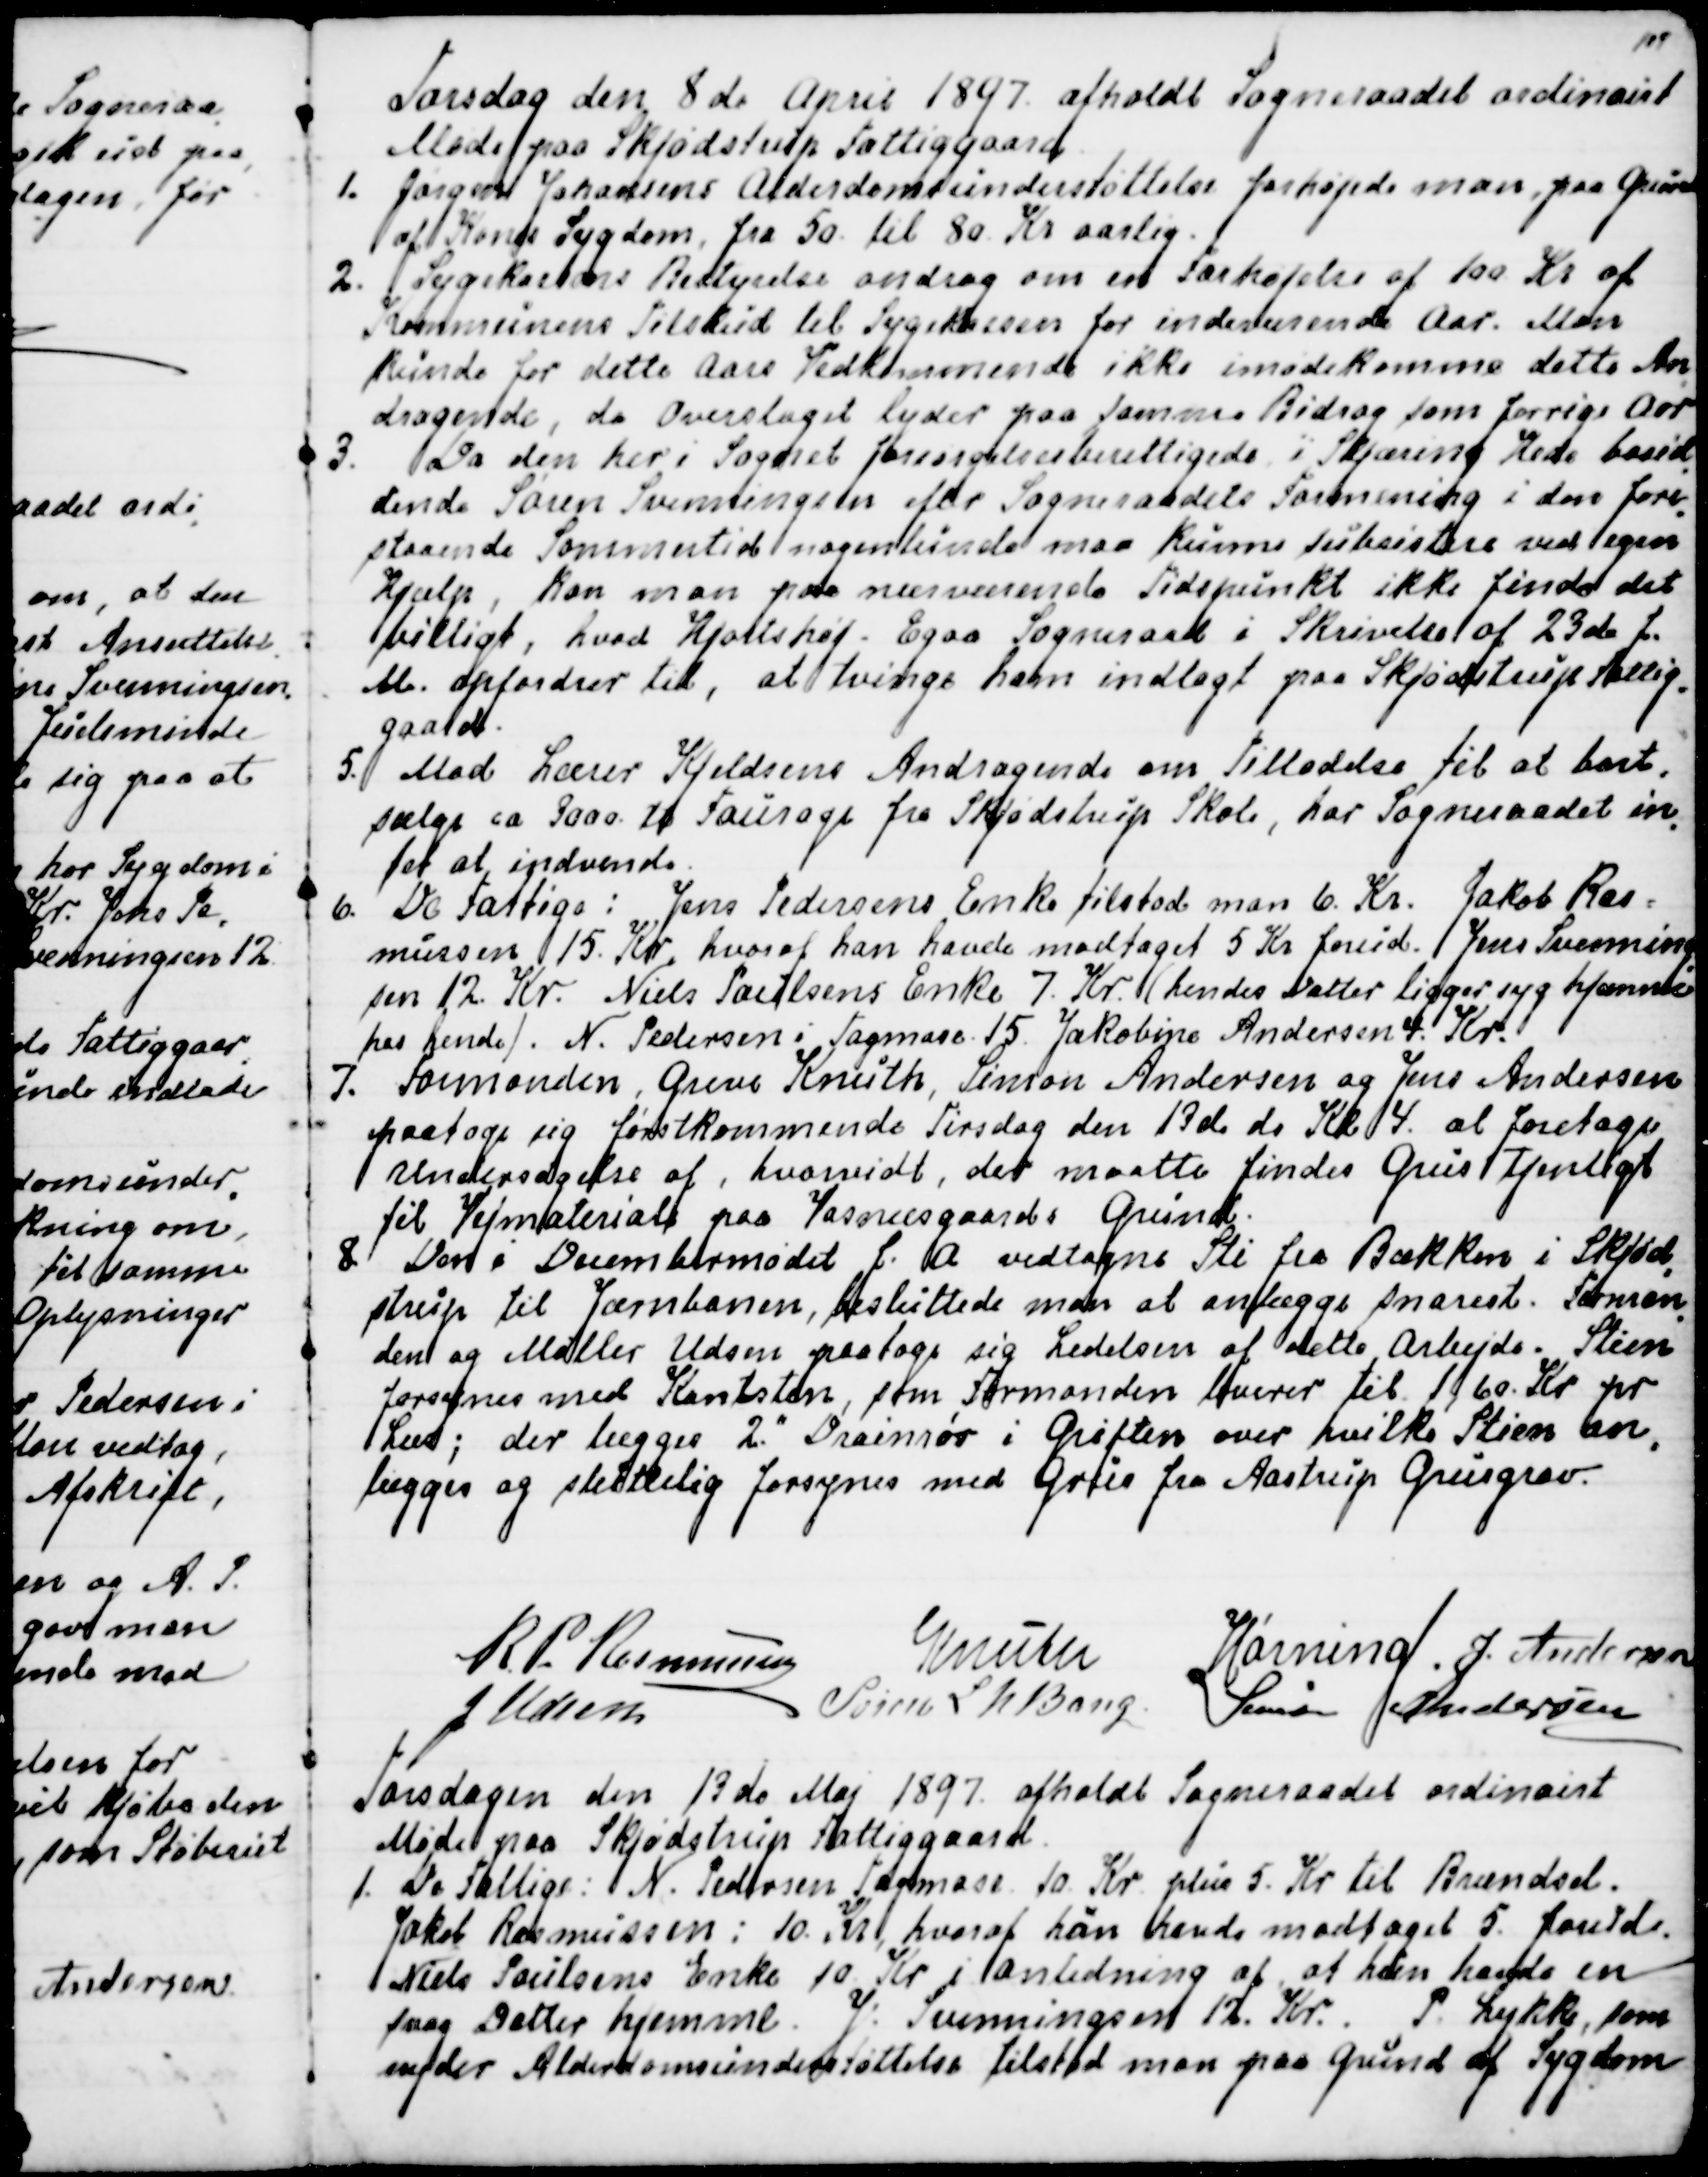
Transskription:
Torsdag den 8 de April 1897 afholdt Sogneraadet ordinairt
Møde paa Skjødstrup Fattiggaard.
1. Jørgen Johansens Alderdomsunderstøttelse forhøjede man, paa Grund
af Kones Sygdom, fra 50 til 80 Kr. aarlig.
2. Sygekassens Bestyrelse androg om en Forhøjelse af 100 Kr af
Kommunens Tilskud til Sygekassen for indeværende Aar. Man
kunde for dette Aars Vedkommende ikke imødekomme dette An
-
dragende, da Overslaget lyder paa samme Bidrag som forrige Aar.
3. Da den her i Sognet forsørgelsberettigede i Skjæring Hede bosid
-
dende Søren Svenningsen efter Sogneraadets Formening i den fore
-
staaende Sommertid nogenlunde maa kunde subsistere ved egen
Hjælp, kan man paa nuværende Tidspunkt ikke finde det
billigt, hvad Hjortshøj - Egaa Sogneraad i Skrivelse af 23 de f.
M. opfordrer til, at tvinge ham indlagt paa Skjødstrup Fattig
-
gaard.
5. Mod Lærer Kjeldsens Andragende om Tilladelse til at bort-
sælge ca 3000 td Fourage fra Skjødstrup Skole, har Sogneraadet in
-
tet at indvende.
6. De Fattige: Jens Pedersens Enke tilstod man 6. Kr. Jakob Ras-
mussen 15. Kr. hvoraf han havde modtaget 5 Kr forud. Jens Svenning
-
sen 12. Kr. Niels Poulsens Enke 7. Kr. (hendes Datter ligger syg hjemme
hos hende). N. Pedersen i Tagmose 15. Jakobine Andersen 4. Kr.
7. Formanden, Greve Knuth, Simon Andersen og Jens Andersen
paatoge sig førstkommende Tirsdag den 13de ds Kl 4. at foretage
Undersøgelse af, hvorvidt, der maatte findes Grus tjenstligt
til Vejmateriale paa Vosnæsgaards Grund.
8. Den i Decembermødet f. A. vedtagne Sti fra Bakken i Skjød
-
strup til Jærnbanen, besluttede man ar anlægge snarest. Forman
-
den og Møller Udsen paatoge sig Ledelsen af dette Arbejde. Stien
forsynes med Kantsten, som Formanden leverer til 1,60 Kr. pr
Læs; der lægges 2." Drainrør i Grøften over hvilke Stien an
-
lægges og sluttelig forsynes med Grus fra Aastrup Grusgrav.
R. P. Rasmussen
Knuth
Hørning.
J. Andersen
J Udsen
Søren L N Bang.
Simon Andersen

Torsdagen den 13de Maj 1897 afholdt Sogneraadet ordinairt
Møde paa Skjødstrup Fattiggaard.
1. De Fattige: N. Pedersen Tagmose 10. Kr. plus 5. Kr til Brændsel.
Jakob Rasmussen: 10. kr, hvoraf han havde modtaget 5. forud.
Niels Poulsens Enke 10. Kr i Anledning af at hun havde en 
syg Datter hjemme. J. Svenningsen 12. Kr. P. Lykke, som
nyder Alderdomsunderstøttelse tilstod man paa Grund af Sygdom